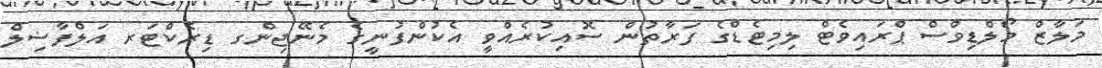
މަލާޒް މޯލްޑިވްސް ޕްރައިވެޓް ލިމިޓެޑްގެ ފަރާތުން ސޮއިކުރެއްވީ އެކުންފުނީގެ މެނޭޖިންގ ޑިރެކްޓަރ އަލްފާޟިލް